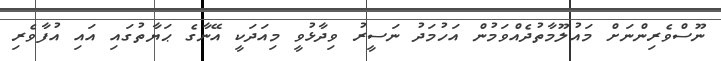
ނޫސްވެރިންނަށް މައުލޫމާތުދެއްވަމުން އަހުމަދު ނަސީރު ވިދާޅުވީ މިއަދަކީ އޭނާގެ ޙަޔާތުގައި އައި އުފާވެރި